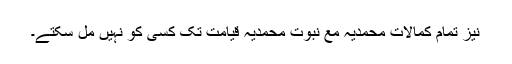
نیز تمام کمالات محمدیہ مع نبوت محمدیہ قیامت تک کسی کو نہیں مل سکتے۔